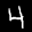
Label: 4